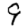
Digit: 9